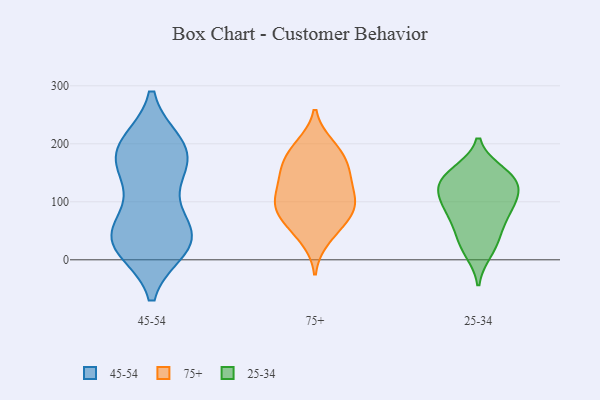
{"axis": {"x": "Gross Profit (USD K)", "y": "Value"}, "legend": ["25-34", "45-54", "75+"], "data": [{"x": "", "y": 33, "type": "45-54"}, {"x": "", "y": 192, "type": "45-54"}, {"x": "", "y": 40, "type": "45-54"}, {"x": "", "y": 192, "type": "45-54"}, {"x": "", "y": 29, "type": "45-54"}, {"x": "", "y": 162, "type": "45-54"}, {"x": "", "y": 45, "type": "45-54"}, {"x": "", "y": 124, "type": "45-54"}, {"x": "", "y": 198, "type": "45-54"}, {"x": "", "y": 163, "type": "45-54"}, {"x": "", "y": 22, "type": "45-54"}, {"x": "", "y": 33, "type": "45-54"}, {"x": "", "y": 187, "type": "45-54"}, {"x": "", "y": 59, "type": "45-54"}, {"x": "", "y": 160, "type": "75+"}, {"x": "", "y": 102, "type": "75+"}, {"x": "", "y": 137, "type": "75+"}, {"x": "", "y": 87, "type": "75+"}, {"x": "", "y": 59, "type": "75+"}, {"x": "", "y": 178, "type": "75+"}, {"x": "", "y": 197, "type": "75+"}, {"x": "", "y": 95, "type": "75+"}, {"x": "", "y": 95, "type": "75+"}, {"x": "", "y": 102, "type": "75+"}, {"x": "", "y": 64, "type": "75+"}, {"x": "", "y": 150, "type": "75+"}, {"x": "", "y": 192, "type": "75+"}, {"x": "", "y": 36, "type": "75+"}, {"x": "", "y": 142, "type": "75+"}, {"x": "", "y": 27, "type": "25-34"}, {"x": "", "y": 93, "type": "25-34"}, {"x": "", "y": 126, "type": "25-34"}, {"x": "", "y": 123, "type": "25-34"}, {"x": "", "y": 69, "type": "25-34"}, {"x": "", "y": 146, "type": "25-34"}, {"x": "", "y": 97, "type": "25-34"}, {"x": "", "y": 14, "type": "25-34"}, {"x": "", "y": 85, "type": "25-34"}, {"x": "", "y": 144, "type": "25-34"}, {"x": "", "y": 47, "type": "25-34"}, {"x": "", "y": 125, "type": "25-34"}, {"x": "", "y": 151, "type": "25-34"}]}